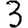
Digit: 3